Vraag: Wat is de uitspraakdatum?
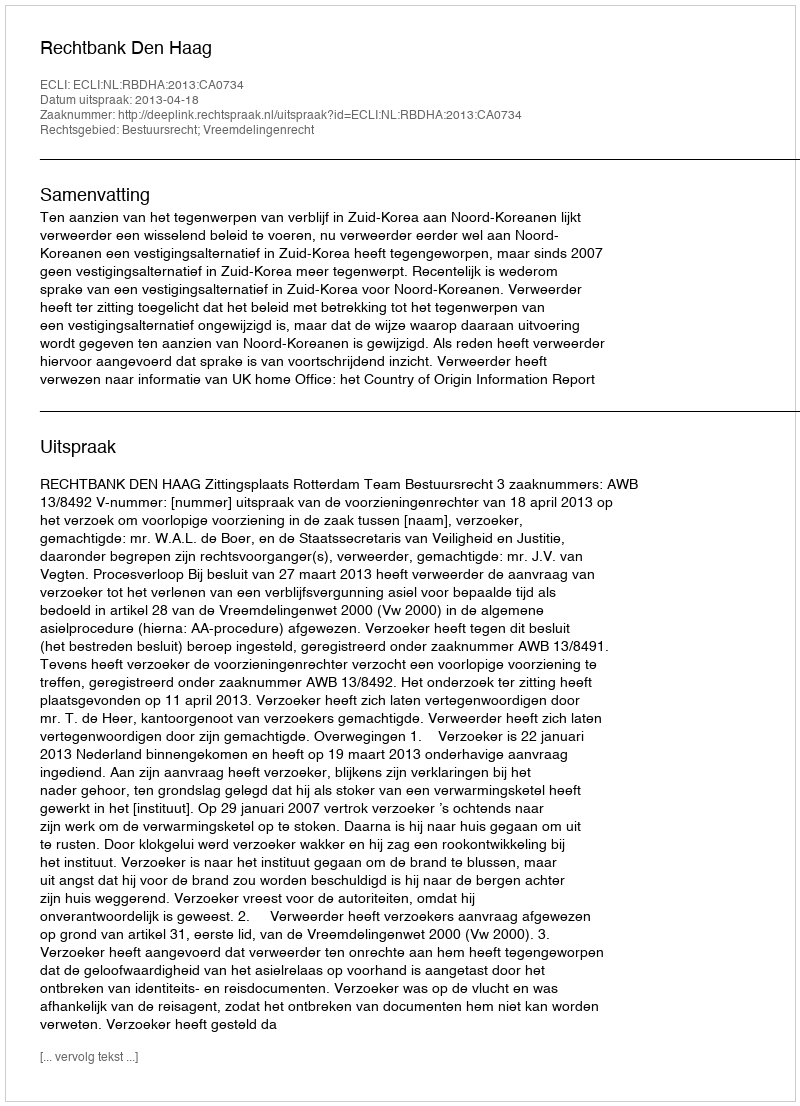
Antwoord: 2013-04-18